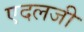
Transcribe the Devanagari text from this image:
एदलजी